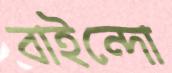
বাইন্দো